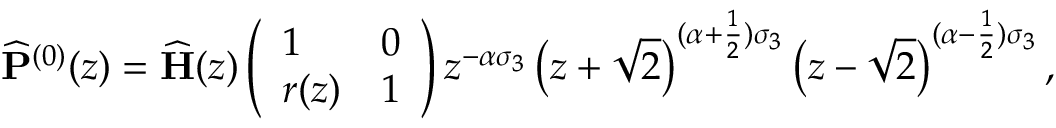
\widehat { \mathbf { P } } ^ { ( 0 ) } ( z ) = \widehat { \mathbf { H } } ( z ) \left( \begin{array} { l l } { 1 } & { 0 } \\ { r ( z ) } & { 1 } \end{array} \right) z ^ { - \alpha \sigma _ { 3 } } \left( z + \sqrt { 2 } \right) ^ { ( \alpha + \frac { 1 } { 2 } ) \sigma _ { 3 } } \left( z - \sqrt { 2 } \right) ^ { ( \alpha - \frac { 1 } { 2 } ) \sigma _ { 3 } } ,